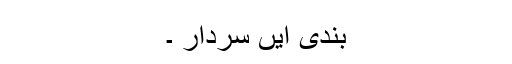
بندی ایں سردار ۔